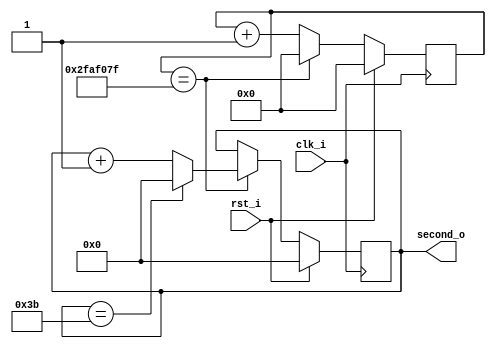
module digital_clock(
	input wire  clk_i, 
	input wire  rst_i,
	output wire [7:0] second_o
);

localparam N = 26;

reg [N-1:0] slow_clk = 0;
reg [7:0]   countsec = 0;
  
wire enable;

always @(posedge clk_i) begin
	if (rst_i == 1'b1)
		slow_clk <= 8'b0;
	else begin
		if (slow_clk == 26'd49999999) slow_clk <= 8'b0;
		else slow_clk <= slow_clk + 8'b1;
	end
end

always @ (posedge clk_i) begin
	if (rst_i == 1'b1) begin
		countsec <= 8'b0;
	end
	else begin
		if (enable == 1'b1)
			if (countsec == 8'b0011_1011) countsec <= 8'b0; // 59 segundos
			else  countsec <= countsec + 8'b1;
	end 
end

assign enable = (slow_clk == 26'd49999999); //  1 segundo

assign second_o = countsec;

endmodule